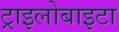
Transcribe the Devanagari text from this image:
ट्राइलोबाइटा